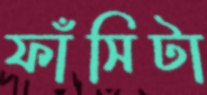
ফাঁসিটা